Rouma_(Piirsalu)_vallavalitsus, lk 6
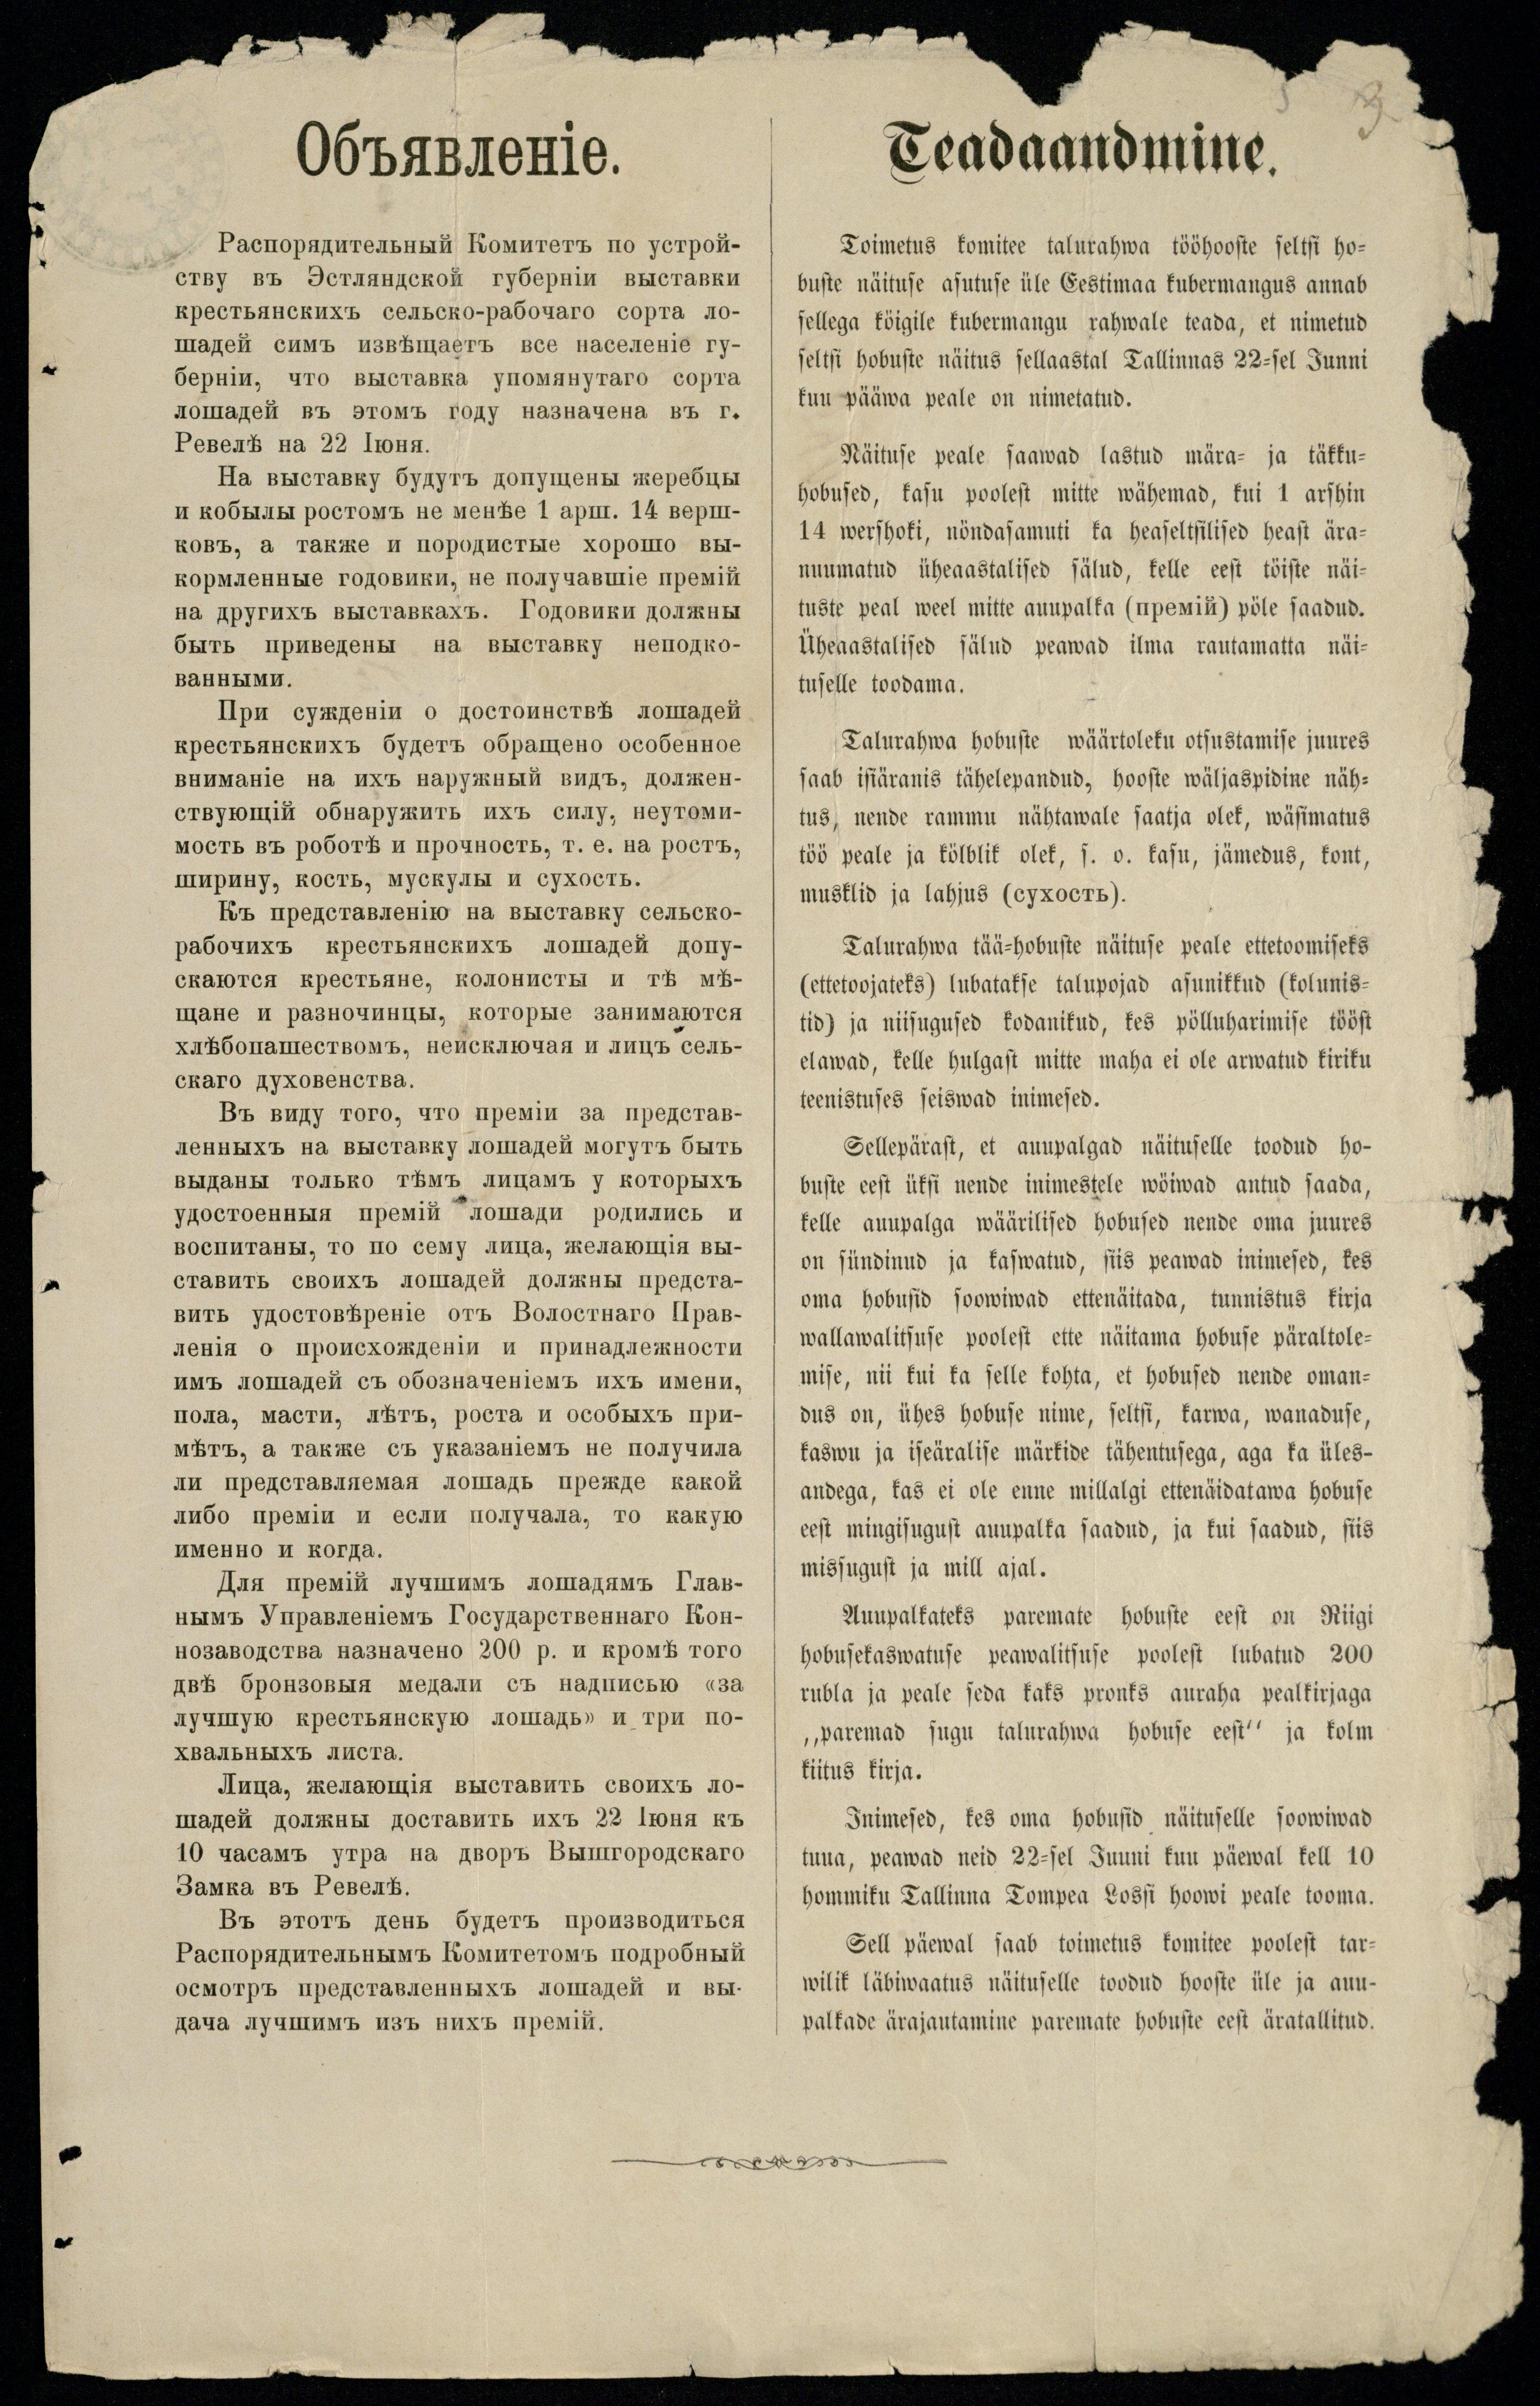
3

Teadaandmine.
Toimetus komitee talurahwa tööhooste seltsi ho-
buste näituse asutuse üle Eestimaa kubermangus annab
sellega köigile kubermangu rahwale teada, et nimetud
seltsi hobuste näitus sellaastal Tallinnas 22-sel Junni
kuu pääwa peale on nimetatud.
Näituse peale saawad lastud mära- ja täkku-
hobused, kasu poolest mitte wähemad, kui 1 arshin
14 wershoki, nõndasamuti ka heaseltsilised heast ära-
nuumatud üheaastalised sälud, kelle eest töiste näi-
tuste peal weel mitte auupalka (upemiga) pöle saadud.
Üheaastalised sälud peawad ilma rautamatta näi-
tuselle toodama.
Talurahwa hobuste wäärtoleku otsustamise juures
saab isiäranis tähelepandud, hooste wäljaspidine näh-
tus, nende rammu nähtawale saatja olek, wäsimatus
töö peale ja kõlblik olek, s. o. kasu, jämedus, kont,
musklid ja lahjus (сукосъ).
Talurahwa tää-hobuste näituse peale ettetoomiseks
(ettetoojateks) lubatakse talupojad asunikkud (kolunis-
tid) ja niisugused kodanikud, kes pölluharimise tööst
elawad, kelle hulgast mitte maha ei ole arwatud kiriku
teenistuses seiswad inimesed.
Sellepärast, et auupalgad näituselle toodud ho-
buste eest üksi nende inimestele wöiwad antud saada,
kelle auupalga wäärilised hobused nende oma juures
on sündinud ja kaswatud, siis peawad inimesed, kes
oma hobusid soowiwad ettenäitada, tunnistus kirja
wallawalitsuse poolest ette näitama hobuse päraltole-
mise, nii kui ka selle kohta, et hobused nende oman-
dus on, ühes hobuse nime, seltsi, karwa, wanaduse,
kaswu ja iseäralise märkide tähentusega, aga ka üles-
andega, kas ei ole enne millalgi ettenäidatawa hobuse
eest mingisugust auupalka saadud, ja kui saandud, siis
missugust ja mill ajal.
Auupalkateks paremate hobuste eest on Riigi
hobusekaswatuse peawalitsuse poolest lubatud 200
rubla ja peale seda kaks pronks auraha pealkirjaga
"paremad sugu talurahwa hobuse eest" ja kolm
kiitus kirja.
Inimesed, kes oma hobusid näituselle soowiwad
tuua, peawad neid 22-sel Juuni kuu päewal kell 10.
hommiku Tallinna Tompea Lossi hoowi peale tooma.
Sell päewal saab toimetus komitee poolest tar-
wilik läbiwaatus näituselle toodud hooste üle ja auu-
palkade ärajautamine paremate hobuste eest äratallitud.